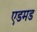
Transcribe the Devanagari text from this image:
एडमड